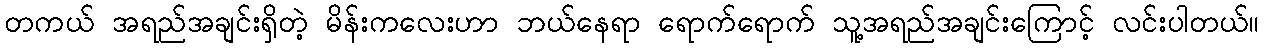
တကယ် အရည်အချင်းရှိတဲ့ မိန်းကလေးဟာ ဘယ်နေရာ ရောက်ရောက် သူ့အရည်အချင်းကြောင့် လင်းပါတယ်။